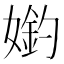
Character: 𡠶